Annual report on the lock hospitals of the Madras Presidency
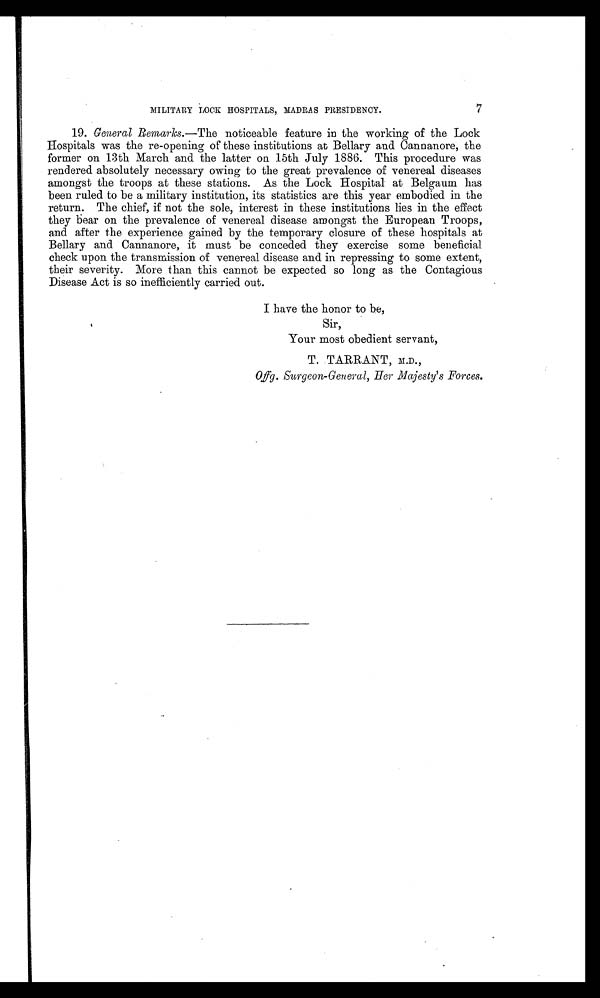
7
MILITARY LOCK HOSPITALS, MADRAS PRESIDENCY.
19. General Remarks.— The noticeable feature in the working of the Lock
Hospitals was the re-opening of these institutions at Bellary and Cannanore, the
former on 13th March and the latter on 15th July 1886. This procedure was
rendered absolutely necessary owing to the great prevalence of venereal diseases
amongst the troops at these stations. As the Lock Hospital at Belgaum has
been ruled to be a military institution, its statistics are this year embodied in the
return. The chief, if not the sole, interest in these institutions lies in the effect
they bear on the prevalence of venereal disease amongst the European Troops,
and after the experience gained by the temporary closure of these hospitals at
Bellary and Cannanore, it must be conceded they exercise some beneficial
check upon the transmission of venereal disease and in repressing to some extent,
their severity. More than this cannot be expected so long as the Contagious
Disease Act is so inefficiently carried out.
I have the honor to be,
Sir,
Your most obedient servant,
T. .TARRANT, M.D.,
Offg. Surgeon-General, Her Majesty's Forces.